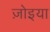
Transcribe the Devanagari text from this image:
ज़ोइया